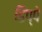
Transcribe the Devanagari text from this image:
डिप्‍पे